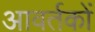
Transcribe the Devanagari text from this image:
आवर्तकों